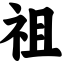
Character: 祖